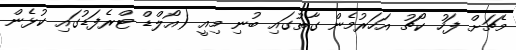
މެޗަށް ފަހު ކޯޗު އަހަރުމެން ގާތުގައި ބުނި މިއީ (އޯލްޑް ޓްރެފަޑުގައި ކުޅެން